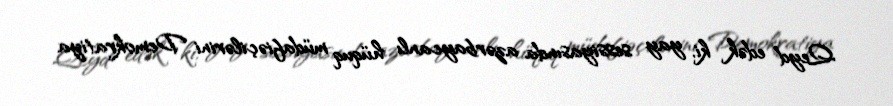
Qeyd edək ki, yay sessiyasında azərbaycanlı hüquq müdafiəçilərini Demokratiya